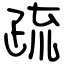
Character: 疏